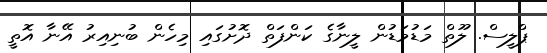
ޕްލީސް. ލޫތް މަޑުމަޑުން ލީނާގެ ކަންފަތް ދޮށުގައި މިހެން ބުނިއިރު އޭނާ އޮތީ